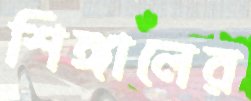
শিঙ্গালের